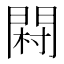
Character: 𨴺